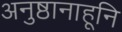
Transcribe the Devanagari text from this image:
अनुष्ठानाहूनि